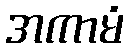
အကာမံ